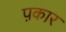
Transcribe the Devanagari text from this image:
प़कार